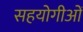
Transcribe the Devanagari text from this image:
सहयोगीओं